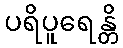
ပရိပူရေန္တိ